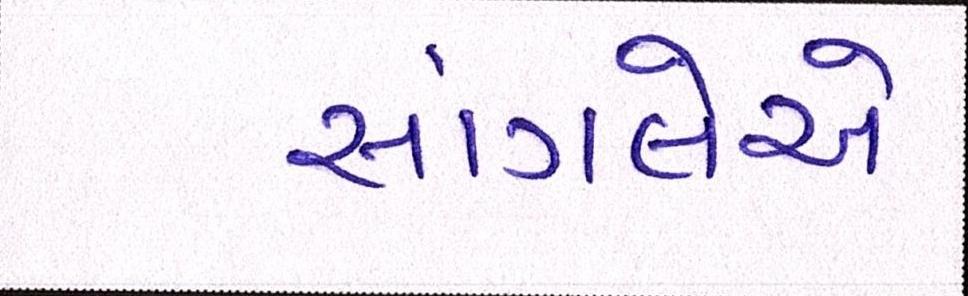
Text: સાંગલેએ